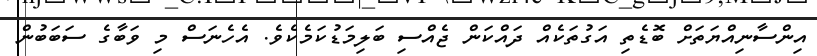
އިންސާނިއްޔަތަށް ބޮޑެތި އަގުތަކެއް ދައްކަން ޖެއްސި ބަލިމަޑުކަމެކެވެ. އެހެނަސް މި ވަބާގެ ސަބަބުން